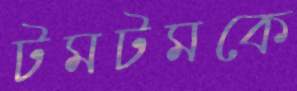
টমটমকে